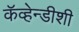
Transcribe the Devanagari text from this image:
कॅव्हेन्डीशी